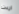
اردت